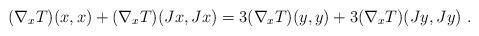
LaTeX: \begin{align*} (\nabla_xT)(x,x) +(\nabla_xT)(Jx,Jx)=3(\nabla_xT)(y,y) +3(\nabla_{x}T)(Jy,Jy) \ . \end{align*}